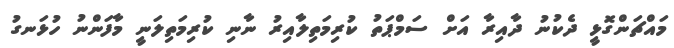
މައްޗަންގޮޅީ ދެކުނު ދާއިރާ އަށް ސަމްޕަތު ކުރިމަތިލާއިރު ނާނި ކުރިމަތިލަނީ މާފަންނު ހުޅަނގު